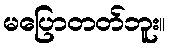
မပြောတတ်ဘူး။